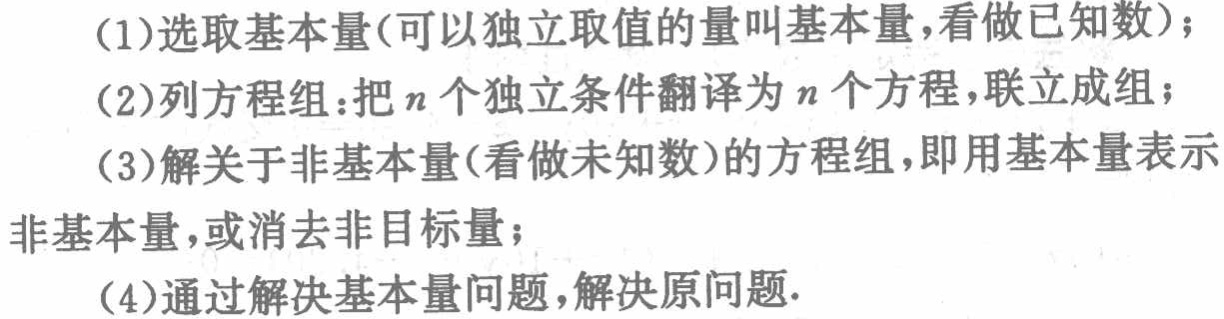
(1)选取基本量(可以独立取值的量叫基本量，看做已知数)；

(2)列方程组：把\(n\)个独立条件翻译为\(n\)个方程，联立成组；

(3)解关于非基本量(看做未知数)的方程组，即用基本量表示非基本量，或消去非目标量；

(4)通过解决基本量问题，解决原问题.